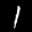
Label: 1